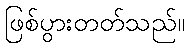
ဖြစ်ပွားတတ်သည်။